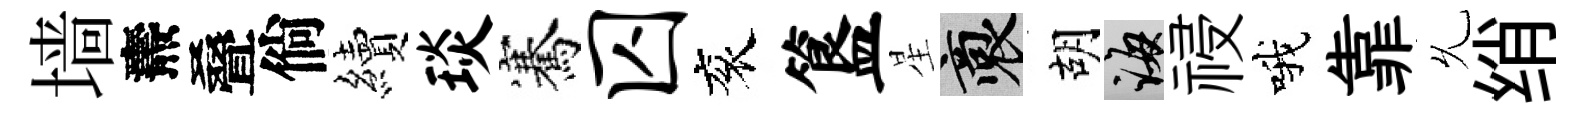
墙燾叠倘續琰騫囚衮簋星裔胡誨祲哦靠𠃔绡